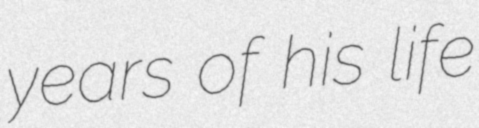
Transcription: years of his life